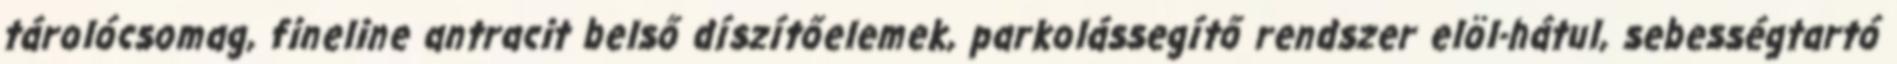
tárolócsomag, fineline antracit belső díszítőelemek, parkolássegítő rendszer elöl-hátul, sebességtartó